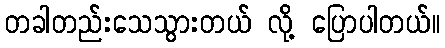
တခါတည်းသေသွားတယ် လို့ ပြောပါတယ်။